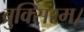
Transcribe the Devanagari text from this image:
ब्रुक्सिस्म।